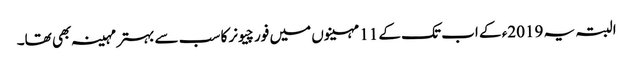
البتہ یہ 2019ء کے اب تک کے 11 مہینوں میں فورچیونر کا سب سے بہتر مہینہ بھی تھا۔